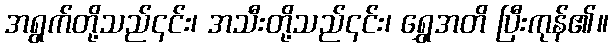
အရွက်တို့သည်၎င်း၊ အသီးတို့သည်၎င်း၊ ရွှေအတိ ပြီးကုန်၏။